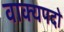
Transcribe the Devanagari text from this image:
वाक्यपदों